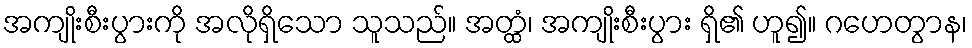
အကျိုးစီးပွားကို အလိုရှိသော သူသည်။ အတ္ထံ၊ အကျိုးစီးပွား ရှိ၏ ဟူ၍။ ဂဟေတွာန၊